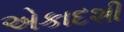
એકાદશી